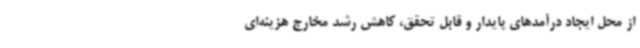
از محل ایجاد درآمدهای پایدار و قابل تحقق، کاهش رشد مخارج هزینه‌ای